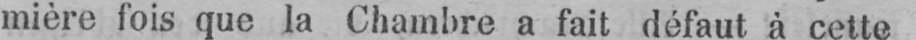
mière fois que la Chambre a fait défaut à cette